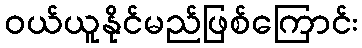
ဝယ်ယူနိုင်မည်ဖြစ်ကြောင်း